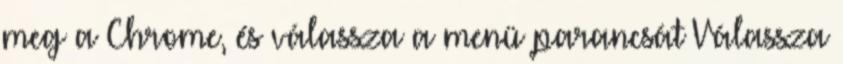
meg a Chrome, és válassza a menü parancsát Válassza